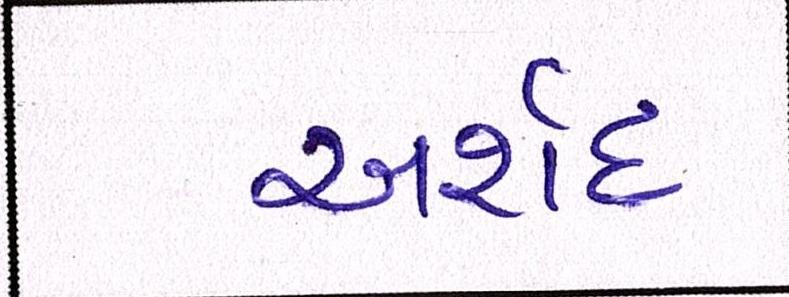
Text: અર્શદ